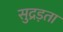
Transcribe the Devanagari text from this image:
सुद्रड़ता